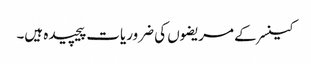
کینسر کے مریضوں کی ضروریات پیچیدہ ہیں۔